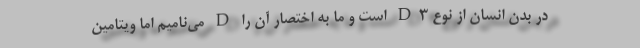
در بدن انسان از نوع D۳ است و ما به اختصار آن را D می‌نامیم اما ویتامین